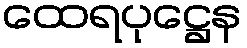
ထေရပုဋ္ဌေန